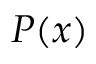
P ( x )